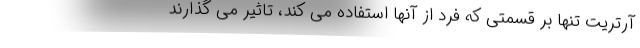
آرتریت تنها بر قسمتی که فرد از آنها استفاده می کند، تاثیر می گذارند